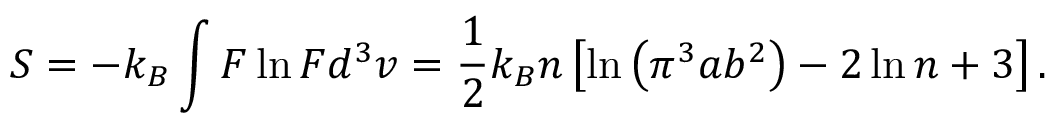
S = - k _ { B } \int F \ln F d ^ { 3 } v = \frac { 1 } { 2 } k _ { B } n \left[ \ln \left( \pi ^ { 3 } a b ^ { 2 } \right) - 2 \ln n + 3 \right] .